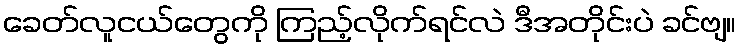
ခေတ်လူငယ်တွေကို ကြည့်လိုက်ရင်လဲ ဒီအတိုင်းပဲ ခင်ဗျ။